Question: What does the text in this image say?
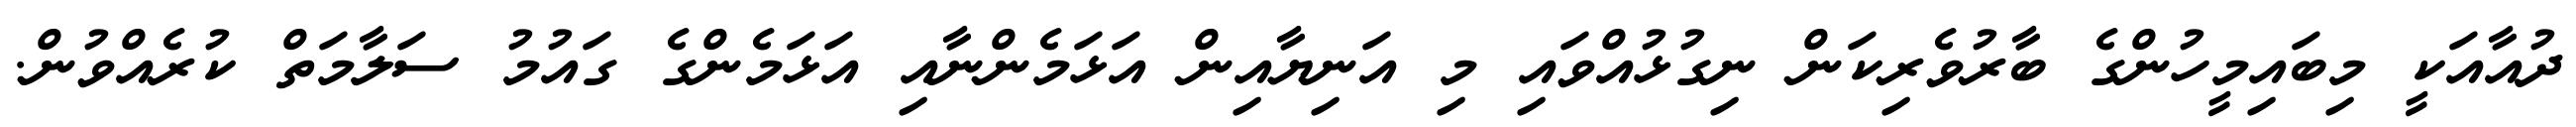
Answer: ދުއާއަކީ މިބައިމީހުންގެ ބާރުވެރިކަން ނިގުޅުއްވައި މި އަނިޔާއިން އަޅަމެންނާއި އަޅަމެންގެ ގައުމު ސަލާމަތް ކުރެއްވުން.